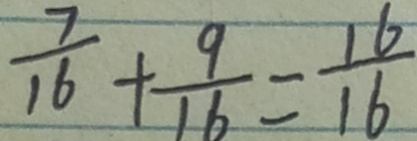
\frac { 7 } { 1 6 } + \frac { 9 } { 1 6 } = \frac { 1 6 } { 1 6 }